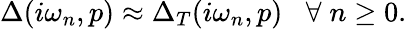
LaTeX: \Delta(i\omega_{n},p)\approx\Delta_{T}(i\omega_{n},p)\; \; \; \forall\; n\geq 0.